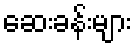
ဆေးခန်းများ